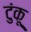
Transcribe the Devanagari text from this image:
टुंकू